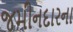
જમીનદારના